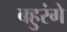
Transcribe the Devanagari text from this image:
बहुरंगे